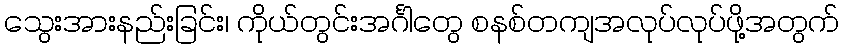
သွေးအားနည်းခြင်း၊ ကိုယ်တွင်းအင်္ဂါတွေ စနစ်တကျအလုပ်လုပ်ဖို့အတွက်